Civil Veterinary Dept. Bombay admin report 1932-41 - 1932-1941
Year: 1932
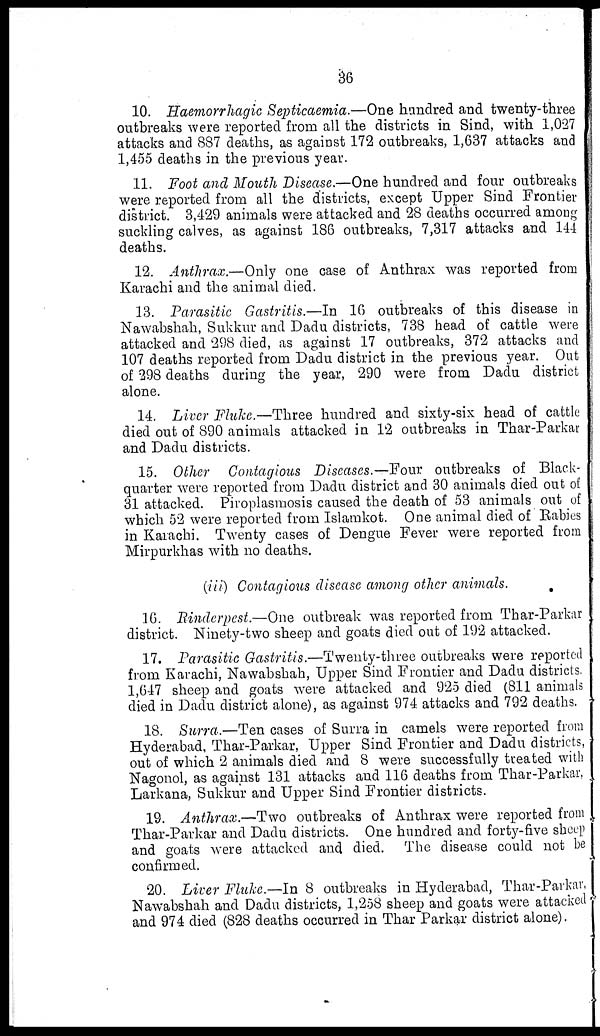
36
10. Haemorrhagic Septicaemia.—One hundred and twenty-three
outbreaks were reported from all the districts in Sind, with 1,027
attacks and 887 deaths, as against 172 outbreaks, 1,637 attacks and
1,455 deaths in the previous year.
11. Foot and Mouth Disease.—One hundred and four outbreaks
were reported from all the districts, except Upper Sind Frontier
district. 3,429 animals were attacked and 28 deaths occurred among
suckling calves, as against 186 outbreaks, 7,317 attacks and 144
deaths.
12. Anthrax.—Only one case of Anthrax was reported from
Karachi and the animal died.
13. Parasitic Gastritis.—In 16 outbreaks of this disease in
Nawabshah, Sukkur and Dadu districts, 738 head of cattle were
attacked and 298 died, as against 17 outbreaks, 372 attacks and
107 deaths reported from Dadu district in the previous year. Out
of 298 deaths during the year, 290 were from Dadu district
alone.
14. Liver Fluke.—Three hundred and sixty-six head of cattle
died out of 890 animals attacked in 12 outbreaks in Thar-Parkar
and Dadu districts.
15. Other Contagious Diseases.—Four outbreaks of Black-
quarter were reported from Dadu district and 30 animals died out of
31 attacked. Piroplasmosis caused the death of 53 animals out of
which 52 were reported from Islamkot. One animal died of Rabies
in Karachi. Twenty cases of Dengue Fever were reported from
Mirpurkhas with no deaths.
(iii) Contagious disease among other animals.
16. Rinderpest.—One outbreak was reported from Thar-Parkar
district. Ninety-two sheep and goats died out of 192 attacked.
17. Parasitic Gastritis.—Twenty-three outbreaks were reported
from Karachi, Nawabshah, Upper Sind Frontier and Dadu districts.
1,647 sheep and goats were attacked and 925 died (811 animals
died in Dadu district alone), as against 974 attacks and 792 deaths.
18. Surra.—Ten cases of Surra in camels were reported from
Hyderabad, Thar-Parkar, Upper Sind Frontier and Dadu districts,
out of which 2 animals died and 8 were successfully treated with
Nagonol, as against 131 attacks and 116 deaths from Thar-Parkar,
Larkana, Sukkur and Upper Sind Frontier districts.
19. Anthrax.—Two outbreaks of Anthrax were reported from
Thar-Parkar and Dadu districts. One hundred and forty-five sheep
and goats were attacked and died. The disease could not be
confirmed.
20. Liver Fluke.—In 8 outbreaks in Hyderabad, Thar-Parkar,
Nawabshah and Dadu districts, 1,258 sheep and goats were attacked
and 974 died (828 deaths occurred in Thar Parkar district alone).